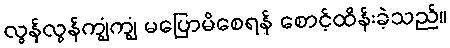
လွန်လွန်ကျွံကျွံ မပြောမိစေရန် စောင့်ထိန်းခဲ့သည်။